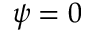
\psi = 0